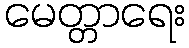
မေတ္တာရေး